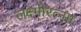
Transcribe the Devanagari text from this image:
लक्ष्मीरत्नम